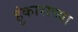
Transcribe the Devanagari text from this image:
हुंकाराच्या